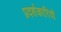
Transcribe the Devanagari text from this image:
प्रदर्शकारियों